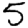
Digit: 5